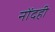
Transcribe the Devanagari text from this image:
नोंदही